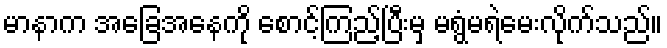
မာနာက အခြေအနေကို စောင့်ကြည့်ပြီးမှ မရွံမရဲမေးလိုက်သည်။